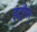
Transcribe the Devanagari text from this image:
इंट्रैंस